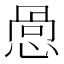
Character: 𪬋